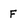
Character: F